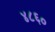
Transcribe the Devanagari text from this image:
४८६०